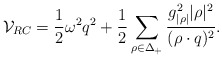
\begin{align*}{\cal V}_{RC}={1\over2}\omega^2q^2+{1\over2}\sum_{\rho\in\Delta_+} {g_{|\rho|}^2|\rho|^{2}\over{(\rho\cdot q)^2}}.\end{align*}